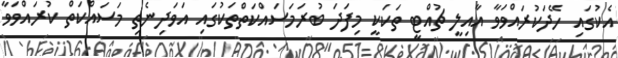
އެކުގައި ހޭދަކުރައްވަވާ އާއިލީ ޗުއްޓީ ތަކަކީ މިފަދަ ބުރަމަސައްކަތްތަކުގައި އަވަދިނެތި މަސައްކަތް ކުރައްވަވާ